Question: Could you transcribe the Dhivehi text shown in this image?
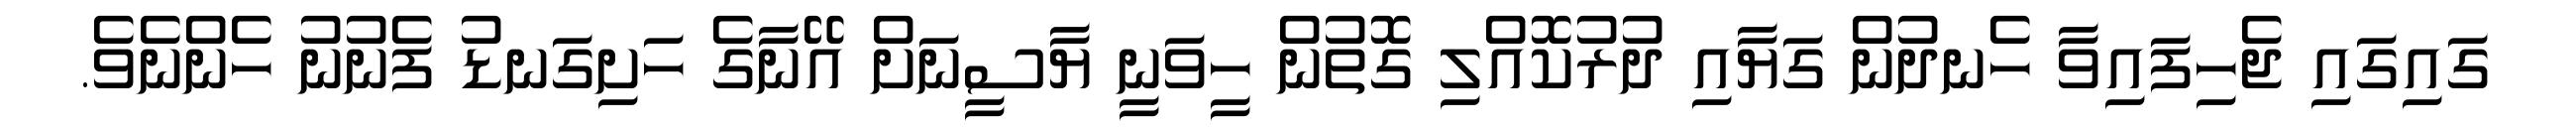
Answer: ގައިގައި ޖެހިފައިވާ ހެނދުން ގަޔާއި ދުރުކޮއްލި ގޮތުން ހީވަނީ ޔާސީނަށް އޭނާގެ ހަށިގަނޑު ފެނުނު ހެންނެވެ.